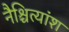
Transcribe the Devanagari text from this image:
नैश्चित्यांश